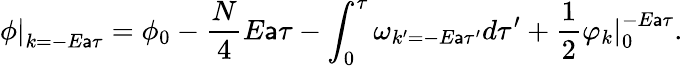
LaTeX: \left.\phi\right|_{k=-E\mathsf{a}\tau}=\phi_{0}-\frac{{N}}{{4}}E\mathsf{a}\tau-\int_{0}^{\tau}\omega_{k^{\prime}=-E\mathsf{a}\tau^{\prime}}d\tau^{\prime}+\frac{{1}}{{2}}\left.\varphi_{k}\right|_{0}^{-E\mathsf{a}\tau}.